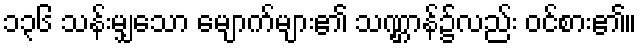
၁၃၆ သန်းမျှသော မျောက်များ၏ သဏ္ဌာန်၌လည်း ဝင်စား၏။